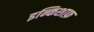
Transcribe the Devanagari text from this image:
इन्किशाफ़